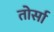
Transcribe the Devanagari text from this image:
तोर्सा